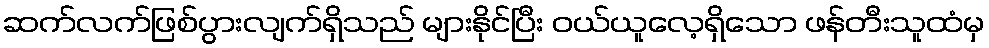
ဆက်လက်ဖြစ်ပွားလျက်ရှိသည် များနိုင်ပြီး ဝယ်ယူလေ့ရှိသော ဖန်တီးသူထံမှ